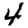
Digit: 4